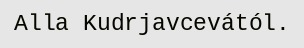
Alla Kudrjavcevától.